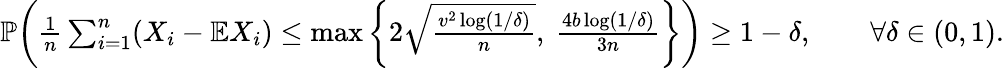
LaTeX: \begin{array}{r}{\mathbb{P}\bigg(\frac{1}{n}\sum_{i=1}^{n}(X_{i}-\mathbb{E}X_{i})\leq\operatorname*{max}\bigg\{ 2\sqrt{\frac{v^{2}\log(1/\delta)}{n}},~\frac{4b\log(1/\delta)}{3n}\bigg\} \bigg)\geq 1-\delta,\qquad\forall\delta\in(0,1).}\end{array}